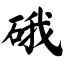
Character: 硪